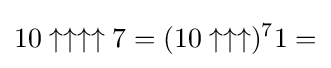
10\uparrow \uparrow \uparrow \uparrow 7=(10\uparrow \uparrow \uparrow )^{7}1=